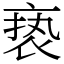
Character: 亵